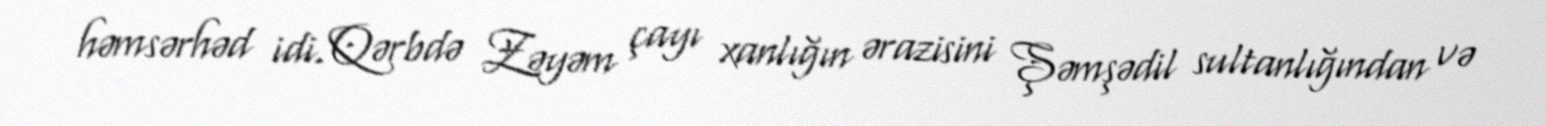
həmsərhəd idi. Qərbdə Zəyəm çayı xanlığın ərazisini Şəmşədil sultanlığından və